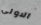
الاولى